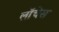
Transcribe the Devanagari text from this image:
लॉचेस